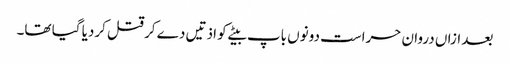
بعد ازاں دروان حراست دونوں باپ بیٹے کو اذتیں دے کر قتل کردیا گیا تھا۔